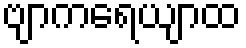
ဗျာကရေယျာထ